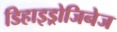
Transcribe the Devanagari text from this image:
डिहाइड्रोजिनेज